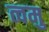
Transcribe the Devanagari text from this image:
त्वमु